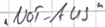
Text: "Not-AUS"